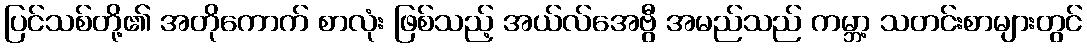
ပြင်သစ်တို့၏ အတိုကောက် စာလုံး ဖြစ်သည့် အယ်လ်အေဗွီ အမည်သည် ကမ္ဘာ့ သတင်းစာများတွင်